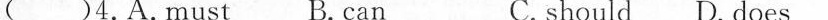
( )4.A.Must B. can C. should D. does